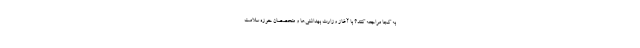
به کجا مراجعه کنند؟ با آغاز وزارت بهداشتی‌ها و متخصصان حوزه سلامت